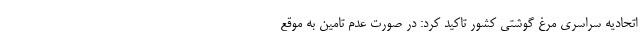
اتحادیه سراسری مرغ گوشتی کشور تاکید کرد: در صورت عدم تامین به موقع